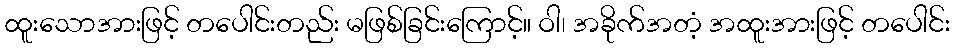
ထူးသောအားဖြင့် တပေါင်းတည်း မဖြစ်ခြင်းကြောင့်။ ဝါ၊ အခိုက်အတံ့ အထူးအားဖြင့် တပေါင်း